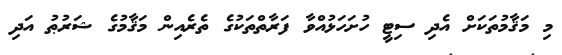
މި މަޤާމުތަކަށް އެދި ސިޓީ ހުށަހަޅުއްވާ ފަރާތްތަކުގެ ތެރެއިން މަޤާމުގެ ޝަރުޠު އަދި